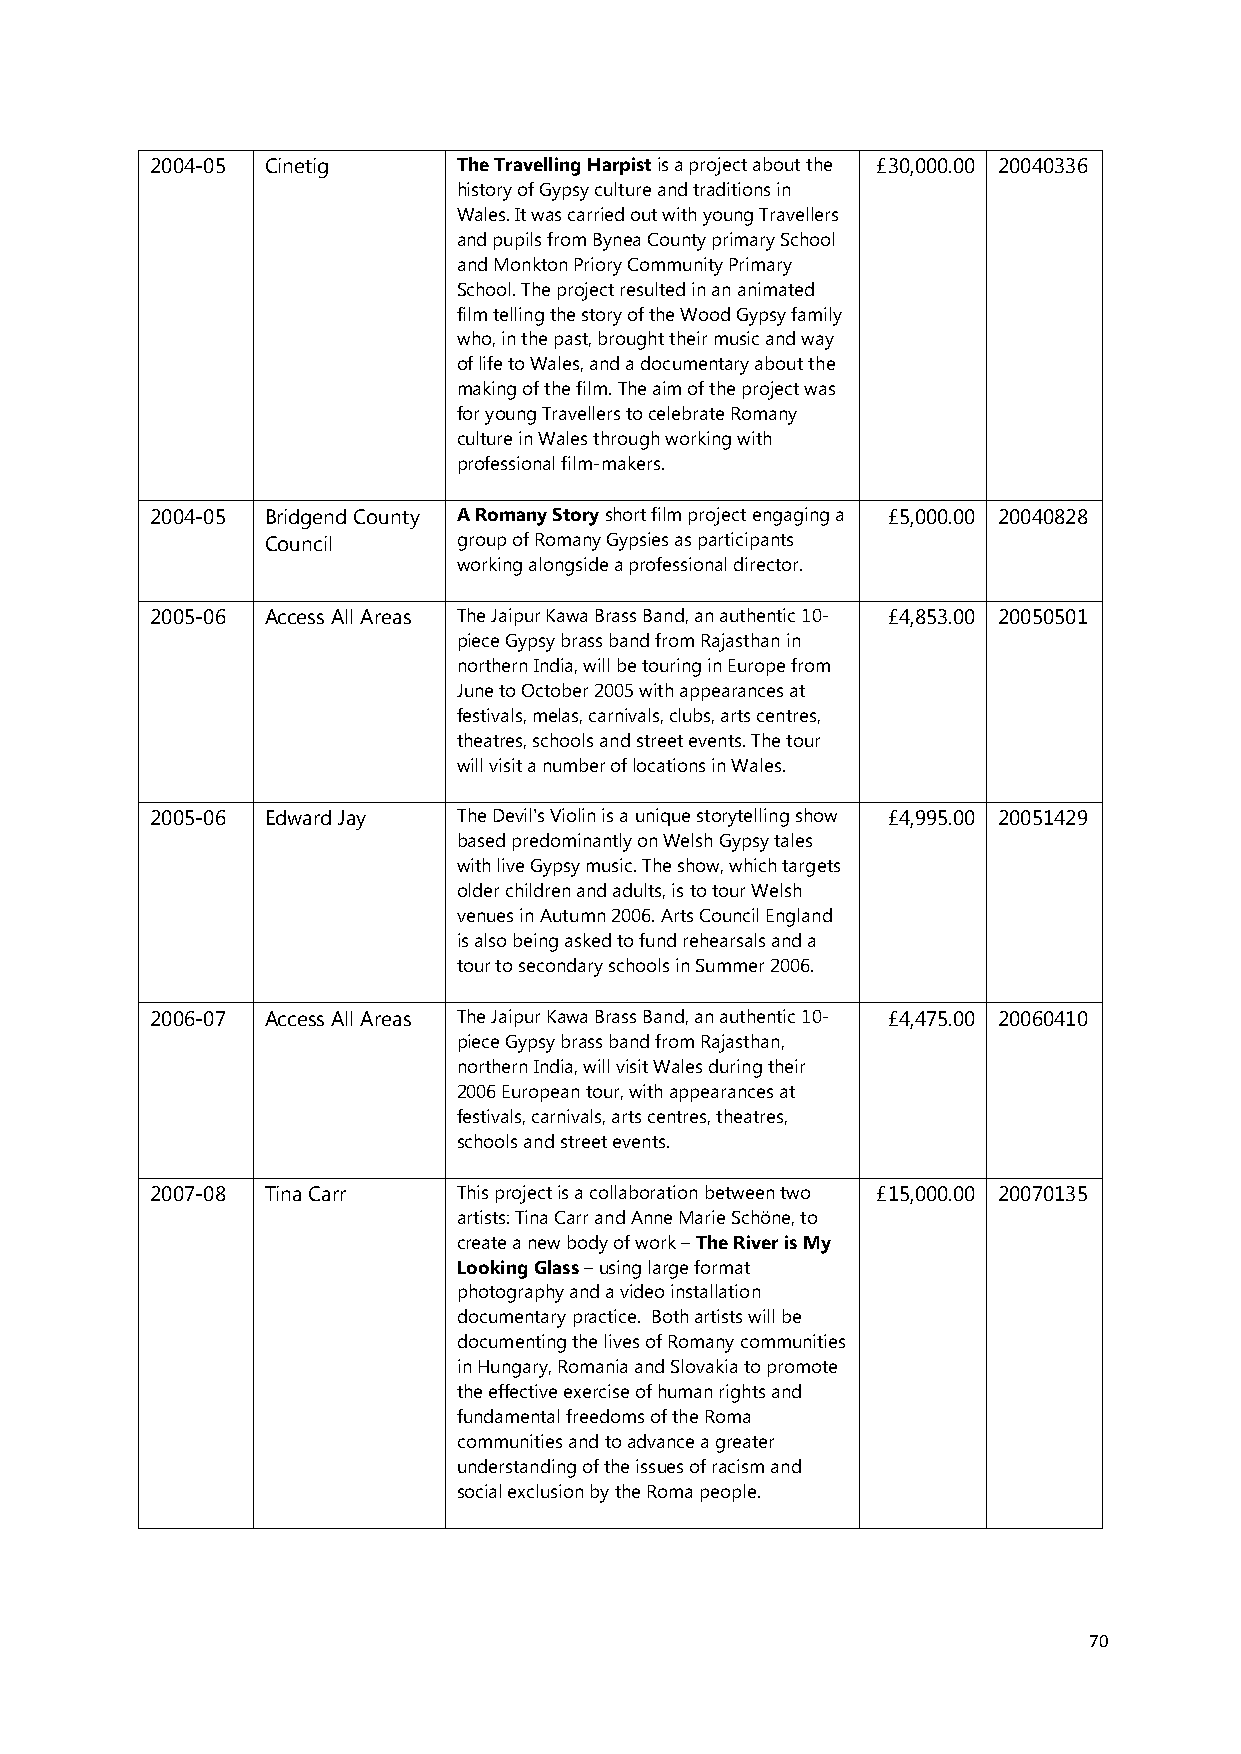
2004-05 Cinetig     The Travelling Harpist is a project about the £30,000.00 20040336
 history of Gypsy culture and traditions in
 Wales. It was carried out with young Travellers
 and pupils from Bynea County primary School
 and Monkton Priory Community Primary
 School. The project resulted in an animated
 film telling the story of the Wood Gypsy family
 who, in the past, brought their music and way
 of life to Wales, and a documentary about the
 making of the film. The aim of the project was
 for young Travellers to celebrate Romany
 culture in Wales through working with
 professional film-makers.
 2004-05 Bridgend County A Romany Story short film project engaging a £5,000.00 20040828
 Council     group of Romany Gypsies as participants
 working alongside a professional director.
 2005-06 Access All Areas The Jaipur Kawa Brass Band, an authentic 10- £4,853.00 20050501
 piece Gypsy brass band from Rajasthan in
 northern India, will be touring in Europe from
 June to October 2005 with appearances at
 festivals, melas, carnivals, clubs, arts centres,
 theatres, schools and street events. The tour
 will visit a number of locations in Wales.
 2005-06 Edward Jay  The Devil's Violin is a unique storytelling show £4,995.00 20051429
 based predominantly on Welsh Gypsy tales
 with live Gypsy music. The show, which targets
 older children and adults, is to tour Welsh
 venues in Autumn 2006. Arts Council England
 is also being asked to fund rehearsals and a
 tour to secondary schools in Summer 2006.
 2006-07 Access All Areas The Jaipur Kawa Brass Band, an authentic 10- £4,475.00 20060410
 piece Gypsy brass band from Rajasthan,
 northern India, will visit Wales during their
 2006 European tour, with appearances at
 festivals, carnivals, arts centres, theatres,
 schools and street events.
 2007-08 Tina Carr   This project is a collaboration between two £15,000.00 20070135
 artists: Tina Carr and Anne Marie Schöne, to
 create a new body of work – The River is My
 Looking Glass – using large format
 photography and a video installation
 documentary practice. Both artists will be
 documenting the lives of Romany communities
 in Hungary, Romania and Slovakia to promote
 the effective exercise of human rights and
 fundamental freedoms of the Roma
 communities and to advance a greater
 understanding of the issues of racism and
 social exclusion by the Roma people.
 70